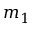
m _ { 1 }